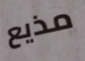
مذيع